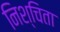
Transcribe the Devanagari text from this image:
निश्चिता